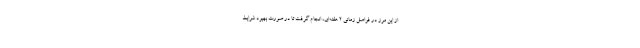
از این مرز در فواصل زمانی ۲ هفته‌ای، انجام گرفت تا در صورت بهبود شرایط